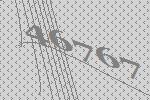
46767